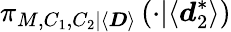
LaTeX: \pi_{M,C_{1},C_{2}|\langle\boldsymbol{D}\rangle}\left(\cdot|\langle\boldsymbol{d}_{2}^{*}\rangle\right)